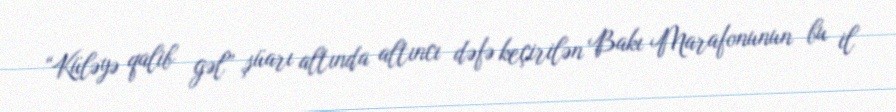
“Küləyə qalib gəl” şüarı altında altıncı dəfə keçirilən Bakı Marafonunun bu il